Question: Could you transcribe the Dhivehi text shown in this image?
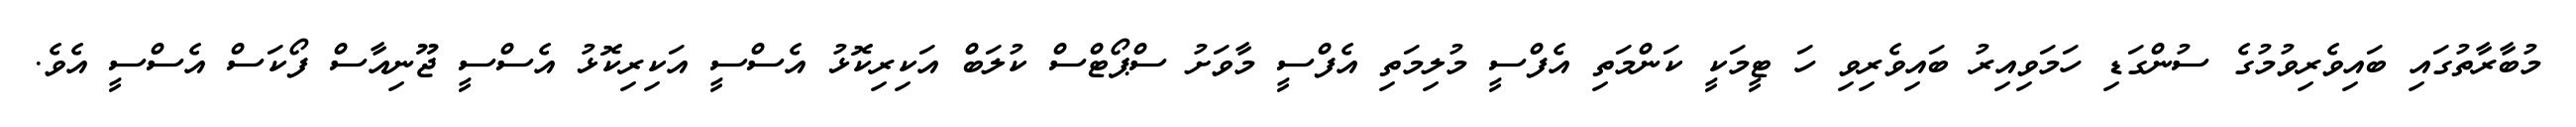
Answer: މުބާރާތުގައި ބައިވެރިވުމުގެ ސުންގަޑި ހަމަވިއިރު ބައިވެރިވި ހަ ޓީމަކީ ކަންމަތި އެފްސީ މުލިމަތި އެފްސީ މާވަށު ސްޕޯޓްސް ކުލަބް އަކިރިކޮޅު އެސްސީ އަކިރިކޮޅު އެސްސީ ޖޫނިއާސް ފޯކަސް އެސްސީ އެވެ.